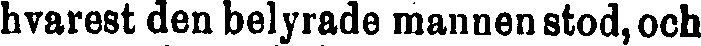
hvarest den belyrade mannen stod, och